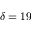
\delta = 1 9